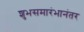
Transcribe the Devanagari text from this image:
शुभसमारंभानंतर